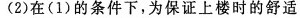
(2) 在( 1 )的条件下，为保证上楼时的舒适